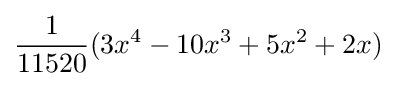
{\frac {1}{11520}}(3x^{4}-10x^{3}+5x^{2}+2x)